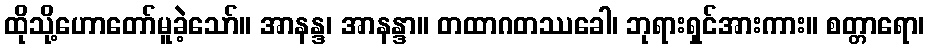
ထိုသို့ဟောတော်မူခဲ့သော်။ အာနန္ဒ၊ အာနန္ဒာ။ တထာဂတဿခေါ၊ ဘုရားရှင်အားကား။ စတ္တာရော၊